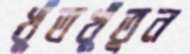
খুঁতখুঁতুন